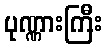
ပုဏ္ဏားကြီး